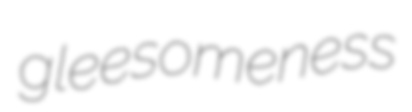
gleesomeness